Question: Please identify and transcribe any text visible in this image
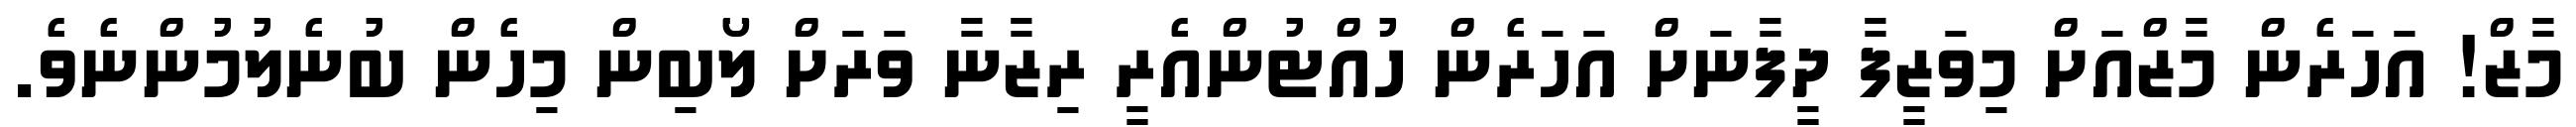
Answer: މާޒް! އަހަރެން މާޒްއަށް މިވަޒީފާ ދީފާނަށް އަހަރެން ހުއްޓުންއެރީ ރިޒާނާ ވަރަށް ލޯބިން މިހެން ބުނެލުމުންނެވެ.